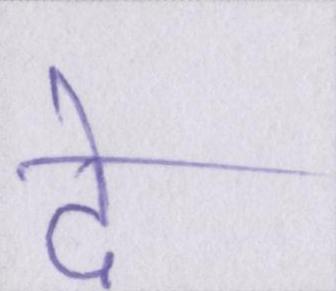
दे